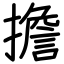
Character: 擔